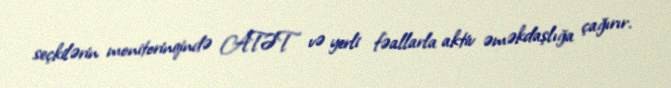
seçkilərin monitorinqində ATƏT və yerli fəallarla aktiv əməkdaşlığa çağırır.